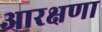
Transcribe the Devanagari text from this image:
आरक्षणा